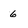
Character: 6